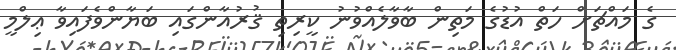
ގެ މައްޗަށް ހަތް އުޑުގެ މަތިން ބާވާލެއްވުނު ކީރިތި ޤުރުއާންގައި ބަޔާންވެފައިވާ ޢިލްމީ